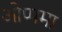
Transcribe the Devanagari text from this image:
ओप्पमा